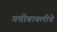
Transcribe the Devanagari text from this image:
गचीबावलीचे